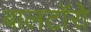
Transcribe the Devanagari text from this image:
बालटॉरो